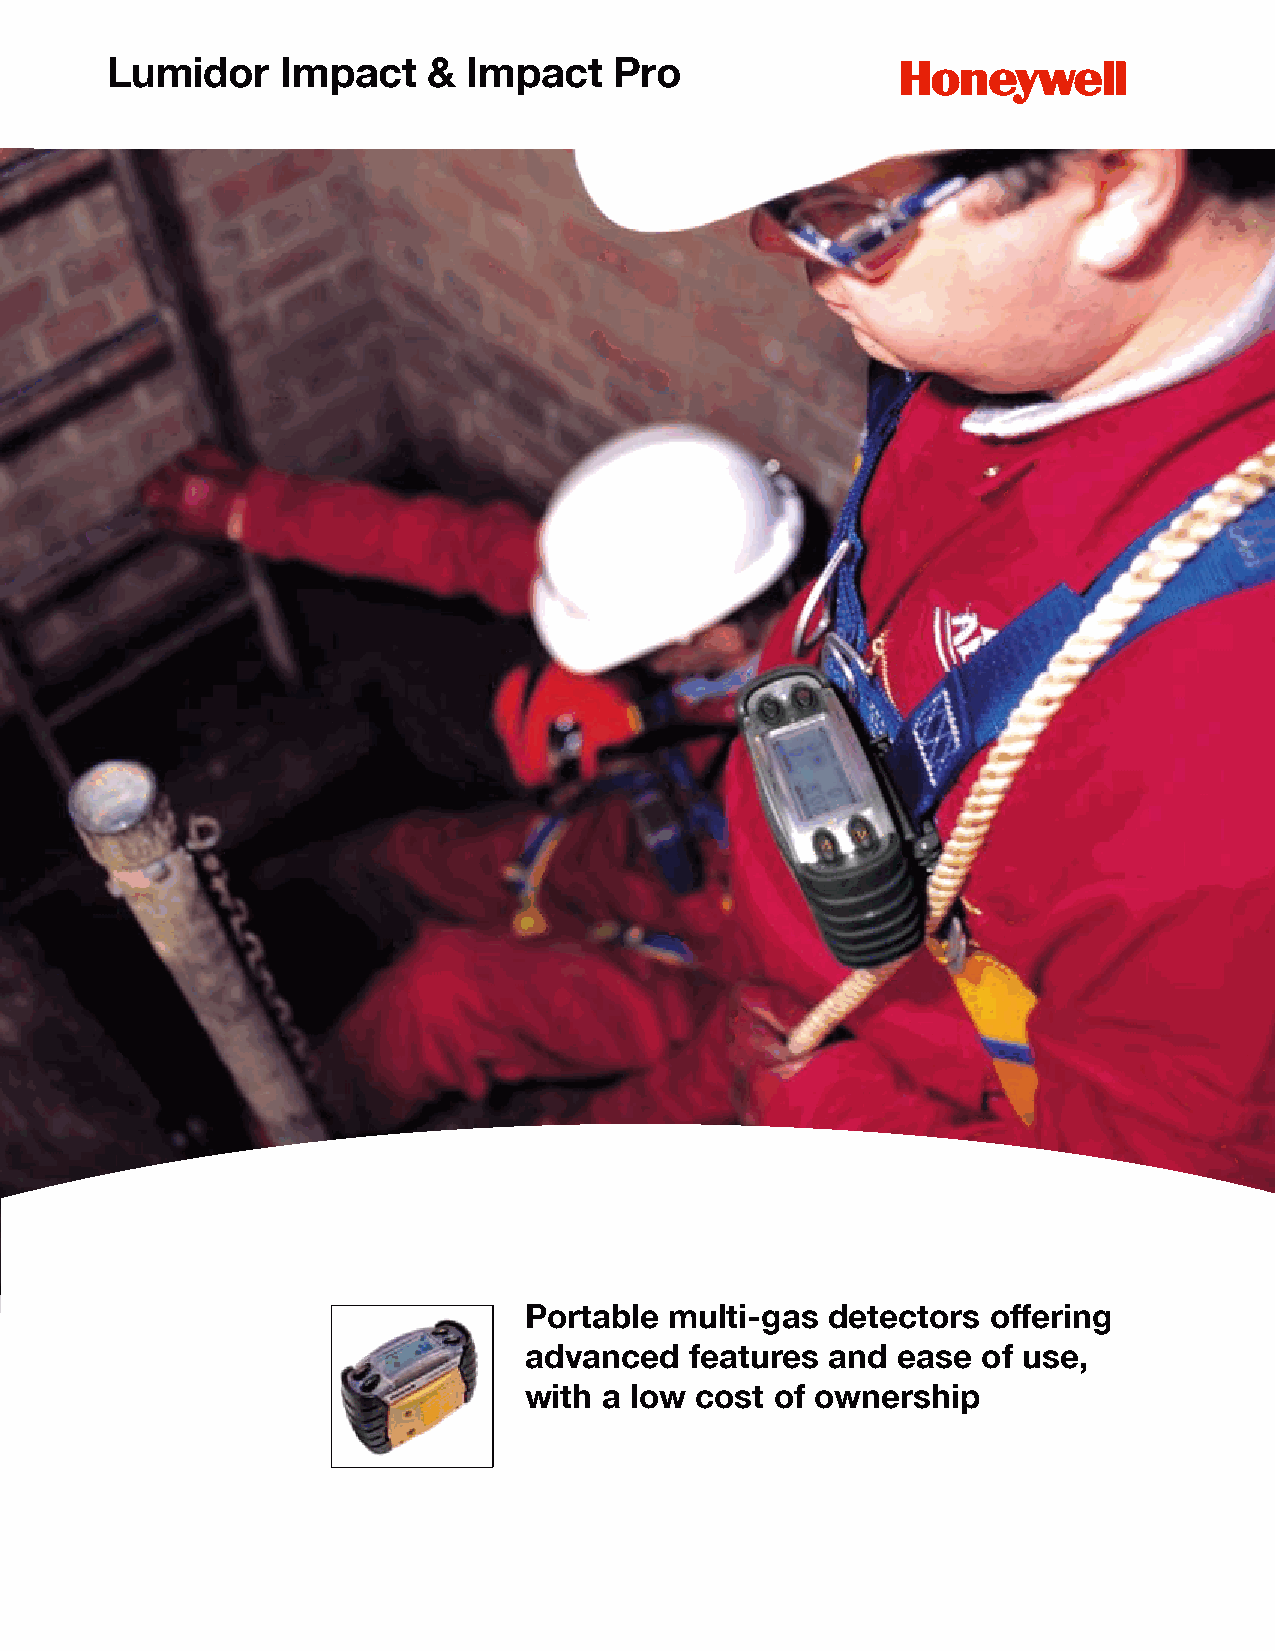
Lumidor     Impact   &  Impact    Pro
 Portable multi-gas  detectors  offering
 advanced   features and ease  of use,
 with a low cost of ownership